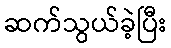
ဆက်သွယ်ခဲ့ပြီး